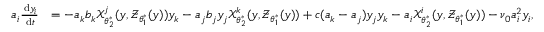
\begin{array} { r l } { a _ { i } \frac { \, \mathrm { d } y _ { i } } { \, \mathrm { d } t } } & { = - a _ { k } b _ { k } \boldsymbol { \mathcal { X } } _ { \boldsymbol { \theta } _ { 2 } ^ { \ast } } ^ { j } ( \boldsymbol { y } , \boldsymbol { \mathcal { Z } } _ { \boldsymbol { \theta } _ { 1 } ^ { \ast } } ( \boldsymbol { y } ) ) y _ { k } - a _ { j } b _ { j } y _ { j } \boldsymbol { \mathcal { X } } _ { \boldsymbol { \theta } _ { 2 } ^ { \ast } } ^ { k } ( \boldsymbol { y } , \boldsymbol { \mathcal { Z } } _ { \boldsymbol { \theta } _ { 1 } ^ { \ast } } ( \boldsymbol { y } ) ) + c ( a _ { k } - a _ { j } ) y _ { j } y _ { k } - a _ { i } \boldsymbol { \mathcal { X } } _ { \boldsymbol { \theta } _ { 2 } ^ { \ast } } ^ { i } ( \boldsymbol { y } , \boldsymbol { \mathcal { Z } } _ { \boldsymbol { \theta } _ { 1 } ^ { \ast } } ( \boldsymbol { y } ) ) - \nu _ { 0 } a _ { i } ^ { 2 } y _ { i } , } \end{array}